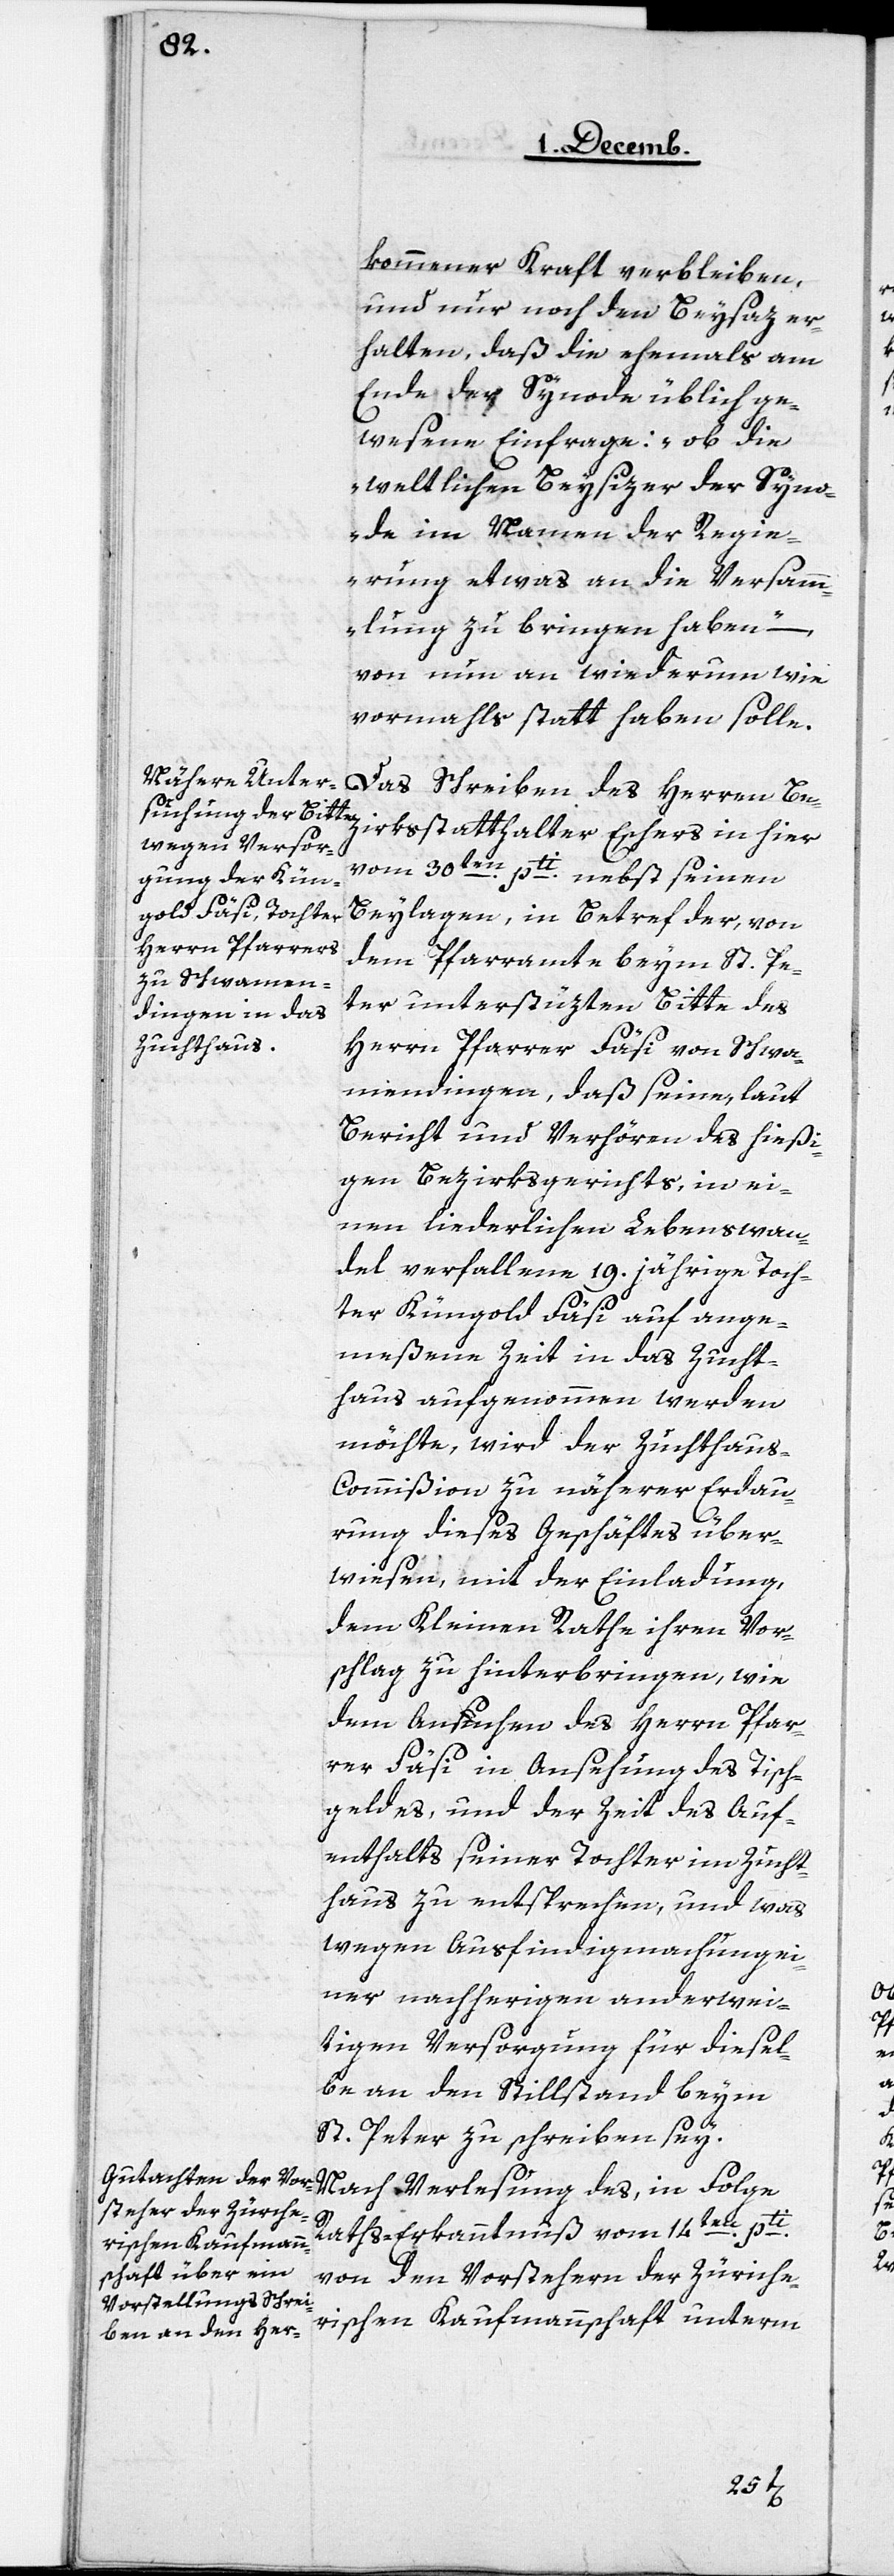
kommener Kraft verbleiben,
und nur noch den Beysatz er¬
halten, daß die ehemahls am
Ende der Synode üblich ge¬
wesenen Einfrage: „ob die
weltlichen Beysizer der Syno¬
de im Namen der Regie¬
rung etwas an die Versam¬
mlung zu bringen haben“ –,
von nun an wiederum wie
vormahls statt haben solle.
Das Schreiben des Herrn Be¬
vom 30ten. pti nebst seinen
Beylagen, in Betreff der, von
dem Pfarramte beym St. Pe¬
ter unterstüzten Bitte des
Herrn Pfarrer Fäsi von Schwa¬
mendingen, daß seine, laut
Bericht und Verhören des hießi¬
gen Bezirksgerichts, in ei¬
nen liederlichen Lebenswan¬
del verfallene 19. jährige Toch¬
ter Küngold Fäsi auf ange¬
meßene Zeit in das Zucht¬
haus aufgenommen werden
möchte, wird der Zuchthau¬
s-Commißion zu näherer Erdau¬
rung dieses Geschäfts über¬
wiesen, mit der Einladung,
dem Kleinen Rathe ihren Vor¬
schlag zu hinterbringen, wie
dem Ansuchen des Herrn Pfar¬
rer Fäsi in Ansehung des Tisch¬
geldes, und der Zeit des Auf¬
enthalts seiner Tochter im Zucht¬
haus zu entsprechen, und was
wegen Ausfindigmachung ei¬
ner nachherigen anderwei¬
tigen Versorgung für diesel¬
be an den Stillstand beym
St. Peter zu schreiben sey.
Nach Verlesung des, in Folge
Raths-Erkanntnuß vom 14ten. pti
von den Vorstehern der Zürche¬
rischen Kaufmannschaft unterm
thalter